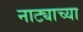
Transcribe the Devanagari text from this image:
नाट्याच्या